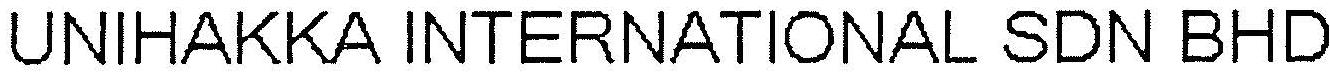
UNIHAKKA INTERNATIONAL SDN BHD